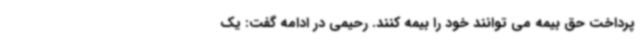
پرداخت حق بیمه می توانند خود را بیمه کنند. رحیمی در ادامه گفت: یک